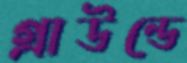
গ্রাউন্ডে